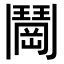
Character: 𬴰